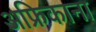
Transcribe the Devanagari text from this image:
अफ्रिकाना